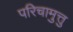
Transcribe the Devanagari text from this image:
परिचामुत्तु